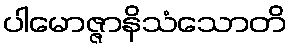
ပါမောဇ္ဇာနိသံသောတိ